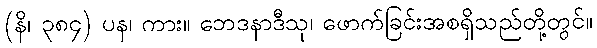
(နိ၊ ၃၈၄) ပန၊ ကား။ ဘေဒနာဒီသု၊ ဖောက်ခြင်းအစရှိသည်တို့တွင်။